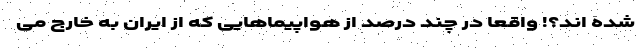
شده اند؟! واقعاً در چند درصد از هواپیماهایی که از ایران به خارج می